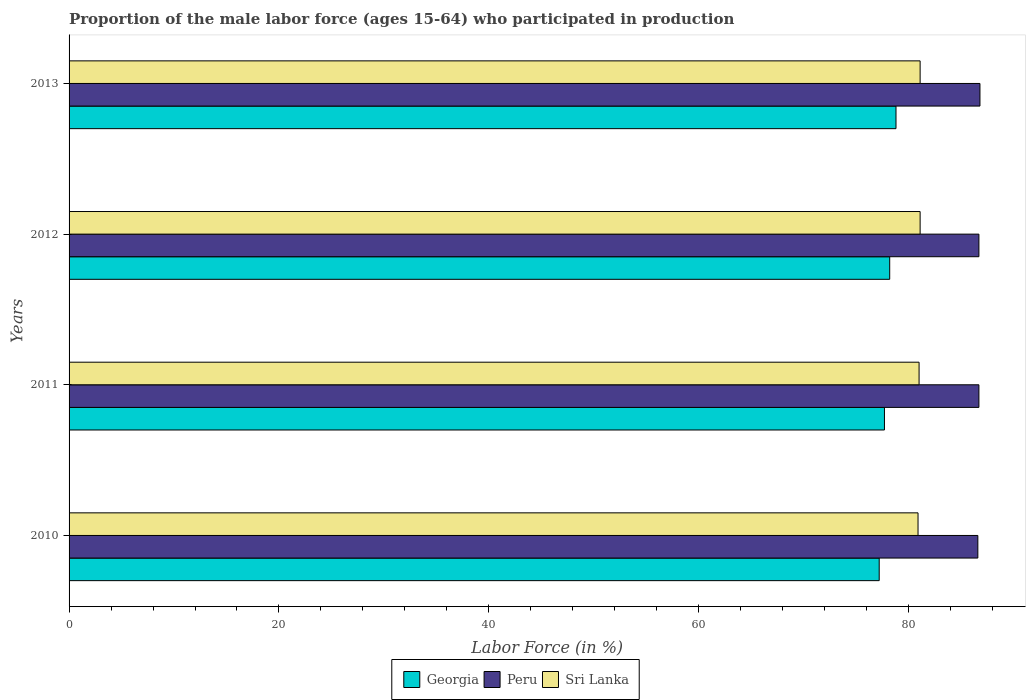
| Years | Georgia | Peru | Sri Lanka |
 | --- | --- | --- | --- |
 | 2010 | 77.2 | 86.6 | 80.9 |
 | 2011 | 77.7 | 86.7 | 81 |
 | 2012 | 78.2 | 86.7 | 81.1 |
 | 2013 | 78.8 | 86.8 | 81.1 |